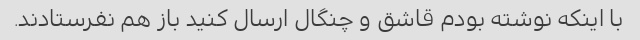
با اینکه نوشته بودم قاشق و چنگال ارسال کنید باز هم نفرستادند.